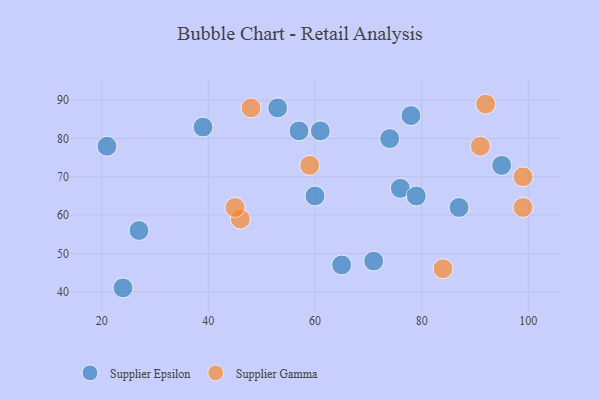
{"axis": {"x": "GDP", "y": "Life Expectancy"}, "legend": ["Supplier Epsilon", "Supplier Gamma"], "data": [{"x": "27", "y": 56, "type": "Supplier Epsilon"}, {"x": "95", "y": 73, "type": "Supplier Epsilon"}, {"x": "76", "y": 67, "type": "Supplier Epsilon"}, {"x": "21", "y": 78, "type": "Supplier Epsilon"}, {"x": "78", "y": 86, "type": "Supplier Epsilon"}, {"x": "87", "y": 62, "type": "Supplier Epsilon"}, {"x": "39", "y": 83, "type": "Supplier Epsilon"}, {"x": "74", "y": 80, "type": "Supplier Epsilon"}, {"x": "65", "y": 47, "type": "Supplier Epsilon"}, {"x": "71", "y": 48, "type": "Supplier Epsilon"}, {"x": "60", "y": 65, "type": "Supplier Epsilon"}, {"x": "79", "y": 65, "type": "Supplier Epsilon"}, {"x": "53", "y": 88, "type": "Supplier Epsilon"}, {"x": "24", "y": 41, "type": "Supplier Epsilon"}, {"x": "61", "y": 82, "type": "Supplier Epsilon"}, {"x": "57", "y": 82, "type": "Supplier Epsilon"}, {"x": "92", "y": 89, "type": "Supplier Gamma"}, {"x": "91", "y": 78, "type": "Supplier Gamma"}, {"x": "46", "y": 59, "type": "Supplier Gamma"}, {"x": "99", "y": 62, "type": "Supplier Gamma"}, {"x": "84", "y": 46, "type": "Supplier Gamma"}, {"x": "48", "y": 88, "type": "Supplier Gamma"}, {"x": "45", "y": 62, "type": "Supplier Gamma"}, {"x": "59", "y": 73, "type": "Supplier Gamma"}, {"x": "99", "y": 70, "type": "Supplier Gamma"}]}